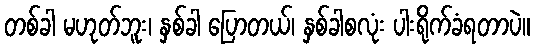
တစ်ခါ မဟုတ်ဘူး၊ နှစ်ခါ ပြောတယ်၊ နှစ်ခါစလုံး ပါးရိုက်ခံရတာပဲ။